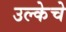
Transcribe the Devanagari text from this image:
उल्केचे